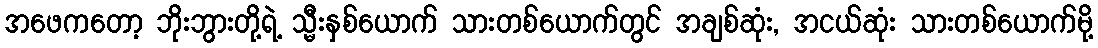
အဖေကတော့ ဘိုးဘွားတို့ရဲ့ သ္မီးနှစ်ယောက် သားတစ်ယောက်တွင် အချစ်ဆုံး, အငယ်ဆုံး သားတစ်ယောက်မို့